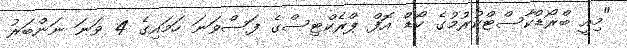
"މިއީ ބްރޯޑްކާސްޓްކުރުމުގެ ކޯޑް އޮފް ޕްރެކްޓިސްގެ ފަސްވަނަ ހަމައިގެ 4 ވަނަ ނަންބަރު